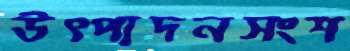
উত্পাদনসংশ